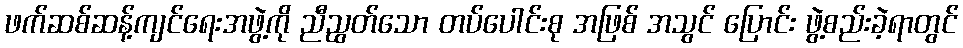
ဖက်ဆစ်ဆန့်ကျင်ရေးအဖွဲ့ကို ညီညွတ်သော တပ်ပေါင်းစု အဖြစ် အသွင် ပြောင်း ဖွဲ့စည်းခဲ့ရာတွင်